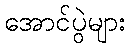
အောင်ပွဲများ